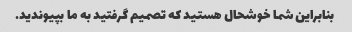
بنابراین شما خوشحال هستید که تصمیم گرفتید به ما بپیوندید.